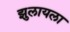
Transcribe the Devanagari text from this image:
झुलायला